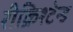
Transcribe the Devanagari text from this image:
रीक्रिश्टेन्ड